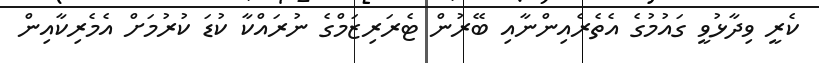
ކެރީ ވިދާޅުވީ ގައުމުގެ އެތެރެއިންނާއި ބޭރުން ޓެރަރިޒަމްގެ ނުރައްކާ ކުޑަ ކުރުމަށް އެމެރިކާއިން